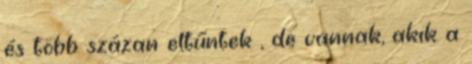
és több százan eltűntek , de vannak, akik a